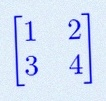
\begin{bmatrix}1&2\\3&4\end{bmatrix}